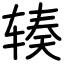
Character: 辏